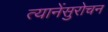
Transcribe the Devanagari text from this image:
त्यानेंसुरोचन